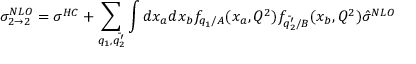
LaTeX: \sigma _ { 2 \rightarrow 2 } ^ { N L O } = \sigma ^ { H C } + \sum _ { q _ { 1 } , \bar { q _ { 2 } ^ { \prime } } } \int d x _ { a } d x _ { b } f _ { q _ { 1 } / A } ( x _ { a } , Q ^ { 2 } ) f _ { \bar { q _ { 2 } ^ { \prime } } / B } ( x _ { b } , Q ^ { 2 } ) \hat { \sigma } ^ { N L O }